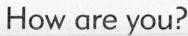
How are you?